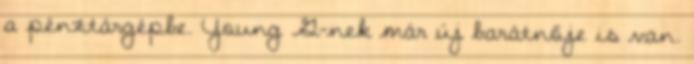
a pénztárgépbe. Young G-nek már új barátnője is van.